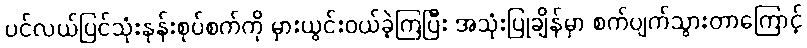
ပင်လယ်ပြင်သုံးနုန်းစုပ်စက်ကို မှားယွင်းဝယ်ခဲ့ကြပြီး အသုံးပြုချိန်မှာ စက်ပျက်သွားတာကြောင့်